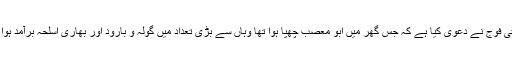
بھارتی فوج نے دعویٰ کیا ہے کہ جس گھر میں ابو معصب چھپا ہوا تھا وہاں سے بڑی تعداد میں گولہ و بارود اور بھاری اسلحہ برآمد ہوا ہے ۔